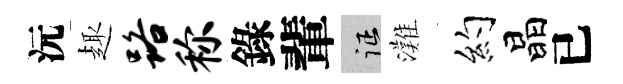
沅趣路称錄輩征灘约晶已